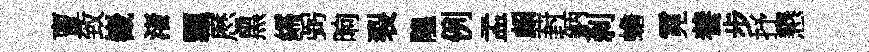
亶致嶻渚飄厯黑繻弼晌裂隍例孟頗葑鈵刹蟾霓養步抒懇